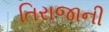
તિરાજાની